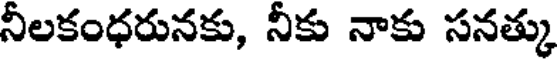
నీలకంధరునకు, నీకు నాకు సనత్కు